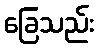
ခြေသည်း